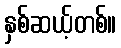
နှစ်ဆယ့်တစ်။